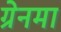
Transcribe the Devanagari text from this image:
ग्रेनमा